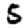
Digit: 5